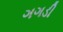
ગગડી